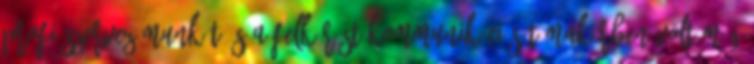
profi szervezőmunkát és a felkérést Kommunikációs témakörben volt még